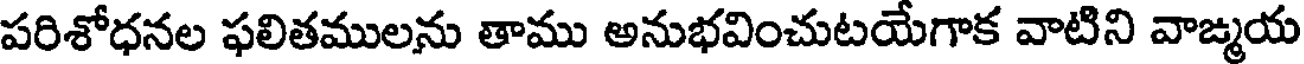
పరిశోధనల ఫలితములను తాము అనుభవించుటయేగాక వాటిని వాఙ్మయ